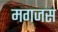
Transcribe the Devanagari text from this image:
मगजस